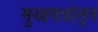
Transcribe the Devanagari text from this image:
मुखपत्रांतून